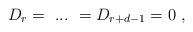
LaTeX: \begin{align*} D_{r} =\ ... \ = D_{r + d-1}=0 \ , \end{align*}